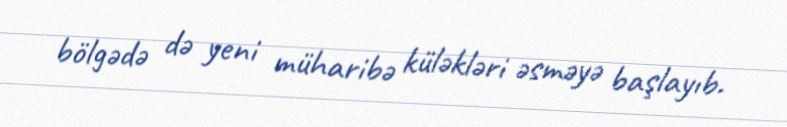
bölgədə də yeni müharibə küləkləri əsməyə başlayıb.